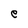
Character: e